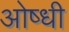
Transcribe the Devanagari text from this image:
ओष्धी